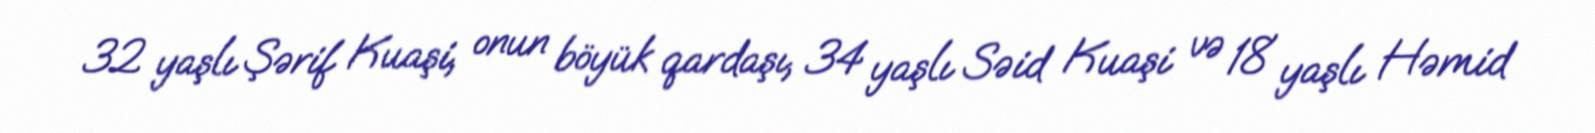
32 yaşlı Şərif Kuaşi, onun böyük qardaşı, 34 yaşlı Səid Kuaşi və 18 yaşlı Həmid